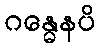
ဂန္ဓေနပိ